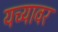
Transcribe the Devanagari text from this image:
यच्यावर